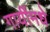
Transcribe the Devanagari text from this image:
गायींमधे